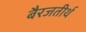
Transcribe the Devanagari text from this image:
बैरजतीर्थ